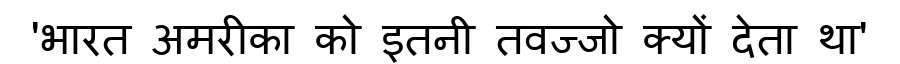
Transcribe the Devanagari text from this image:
'भारत अमरीका को इतनी तवज्जो क्यों देता था'